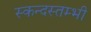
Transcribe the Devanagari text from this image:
स्कन्दस्तम्भी